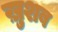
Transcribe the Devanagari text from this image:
ख़ुशब